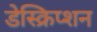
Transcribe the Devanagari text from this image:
डेस्क्रिप्शन